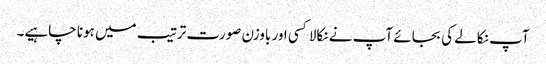
آپ نکالے کی بجائے آپ نے نکالا کسی اور باوزن صورت ترتیب میں ہونا چاہیے۔